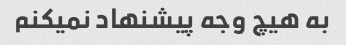
به هیچ وجه پیشنهاد نمیکنم